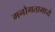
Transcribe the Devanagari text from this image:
मनोगतामध्ये